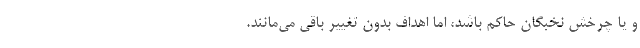
و یا چرخش نخبگان حاکم باشد، اما اهداف بدون تغییر باقی می‌­مانند.